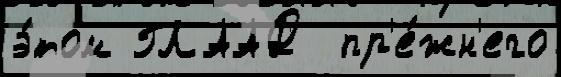
э́том ГЛААД  пр'е́жн'его